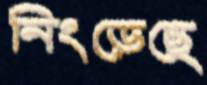
নিংড়েছে